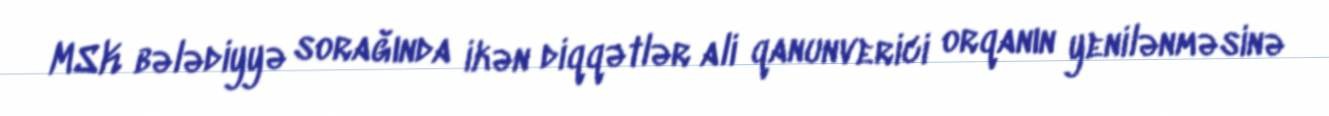
MSK bələdiyyə sorağında ikən diqqətlər ali qanunverici orqanın yenilənməsinə